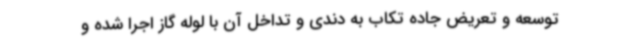
توسعه و تعریض جاده تکاب به دندی و تداخل آن با لوله گاز اجرا شده و